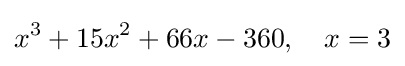
x^{3}+15x^{2}+66x-360,\quad x=3